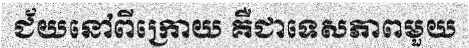
ជ័យនៅពីក្រោយ គឺជាទេសភាពមួយ